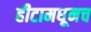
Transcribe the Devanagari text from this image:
हीटामधूनच